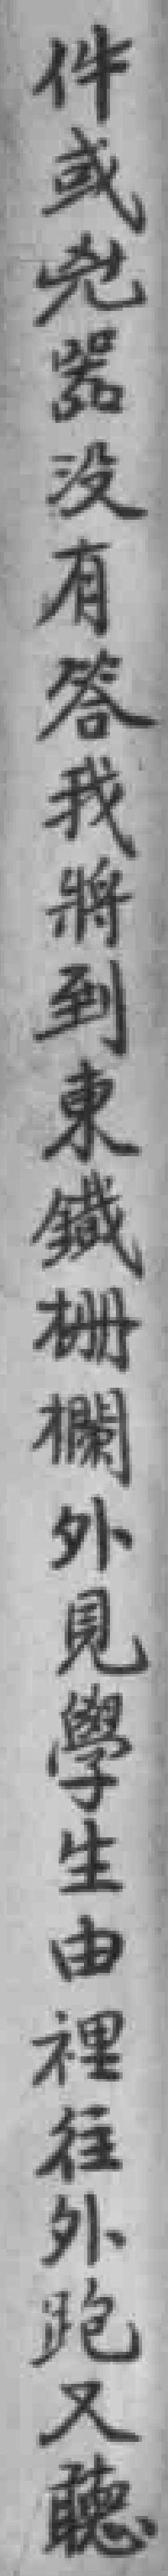
件或兇器沒有答我將到東鐵栅欄外見學生由裡往外跑又聼